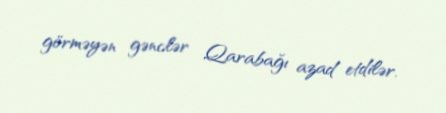
görməyən gənclər Qarabağı azad etdilər.